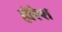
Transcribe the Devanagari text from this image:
होरेश